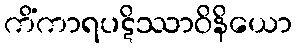
ကိံကာရပဋိဿာဝိနိယော